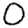
Digit: 0